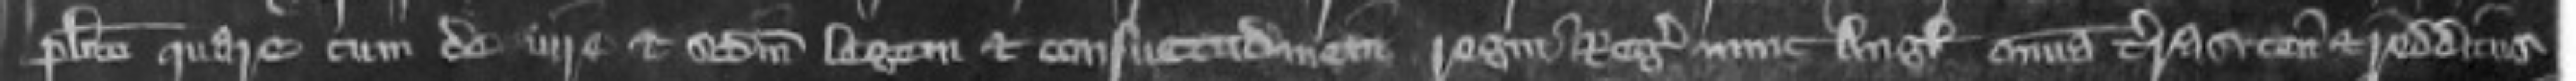
placito quare cum de iure et secundum legem et consuetudinem regni Regis nunc Anglie omnia terras tenementas et redditus